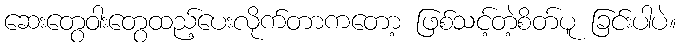
ဆေးတွေဝါးတွေထည့်ပေးလိုက်တာကတော့ ဖြစ်သင့်တဲ့စိတ်ပူ ခြင်းပါပဲ။